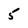
Character: 5